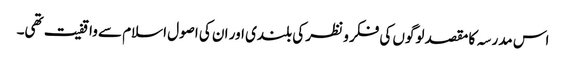
اس مدرسہ کا مقصد لوگوں کی فکر و نظر کی بلندی اور ان کی اصول اسلام سے واقفیت تھی۔